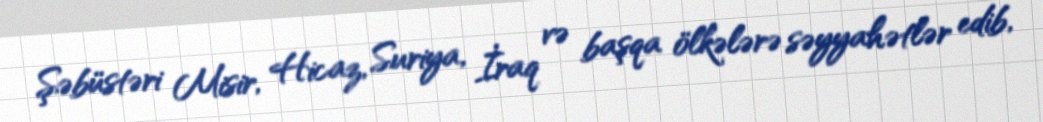
Şəbüstəri Misir, Hicaz, Suriya, İraq və başqa ölkələrə səyyahətlər edib,